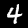
Label: 4